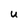
Character: U